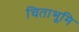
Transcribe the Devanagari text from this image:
चिताभूमि